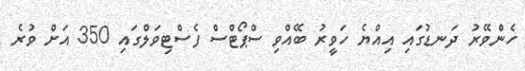
ހެންވޭރު ދަނޑުގައި އިއްޔެ ހަވީރު ބޭއްވި ސްޕޯޓްސް ފެސްޓިވަލްގައި 350 އަށް ވުރެ